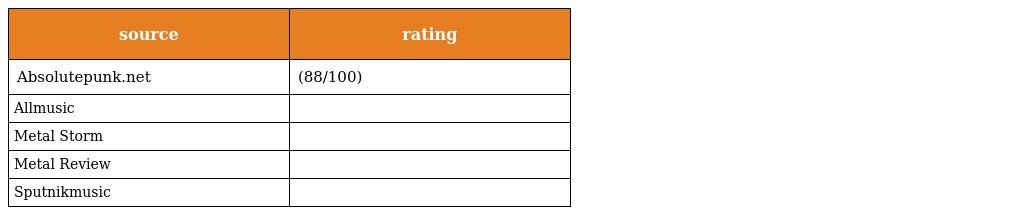
| source | rating |
 | --- | --- |
 | Absolutepunk.net | (88/100) |
 | Allmusic |  |
 | Metal Storm |  |
 | Metal Review |  |
 | Sputnikmusic |  |